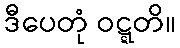
ဒီပေတုံ ဝဋ္ဋတိ။